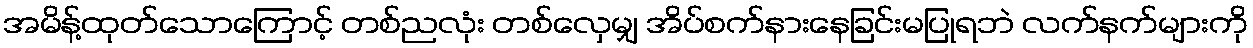
အမိန့်ထုတ်သောကြောင့် တစ်ညလုံး တစ်လှေမျှ အိပ်စက်နားနေခြင်းမပြုရဘဲ လက်နက်များကို